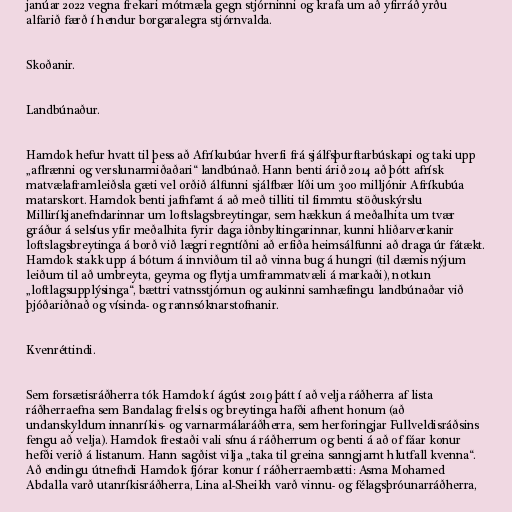
janúar 2022 vegna frekari mótmæla gegn stjórninni og krafa um að yfirráð yrðu
alfarið færð í hendur borgaralegra stjórnvalda.

Skoðanir.

Landbúnaður.

Hamdok hefur hvatt til þess að Afríkubúar hverfi frá sjálfsþurftarbúskapi og taki upp
„aflrænni og verslunarmiðaðari“ landbúnað. Hann benti árið 2014 að þótt afrísk
matvælaframleiðsla gæti vel orðið álfunni sjálfbær líði um 300 milljónir Afríkubúa
matarskort. Hamdok benti jafnfamt á að með tilliti til fimmtu stöðuskýrslu
Milliríkjanefndarinnar um loftslagsbreytingar, sem hækkun á meðalhita um tvær
gráður á selsíus yfir meðalhita fyrir daga iðnbyltingarinnar, kunni hliðarverkanir
loftslagsbreytinga á borð við lægri regntíðni að erfiða heimsálfunni að draga úr fátækt.
Hamdok stakk upp á bótum á innviðum til að vinna bug á hungri (til dæmis nýjum
leiðum til að umbreyta, geyma og flytja umframmatvæli á markaði), notkun
„loftlagsupplýsinga“, bættri vatnsstjórnun og aukinni samhæfingu landbúnaðar við
þjóðariðnað og vísinda- og rannsóknarstofnanir.

Kvenréttindi.

Sem forsætisráðherra tók Hamdok í ágúst 2019 þátt í að velja ráðherra af lista
ráðherraefna sem Bandalag frelsis og breytinga hafði afhent honum (að
undanskyldum innanríkis- og varnarmálaráðherra, sem herforingjar Fullveldisráðsins
fengu að velja). Hamdok frestaði vali sínu á ráðherrum og benti á að of fáar konur
hefði verið á listanum. Hann sagðist vilja „taka til greina sanngjarnt hlutfall kvenna“.
Að endingu útnefndi Hamdok fjórar konur í ráðherraembætti: Asma Mohamed
Abdalla varð utanríkisráðherra, Lina al-Sheikh varð vinnu- og félagsþróunarráðherra,